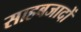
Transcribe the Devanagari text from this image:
साहबजादों